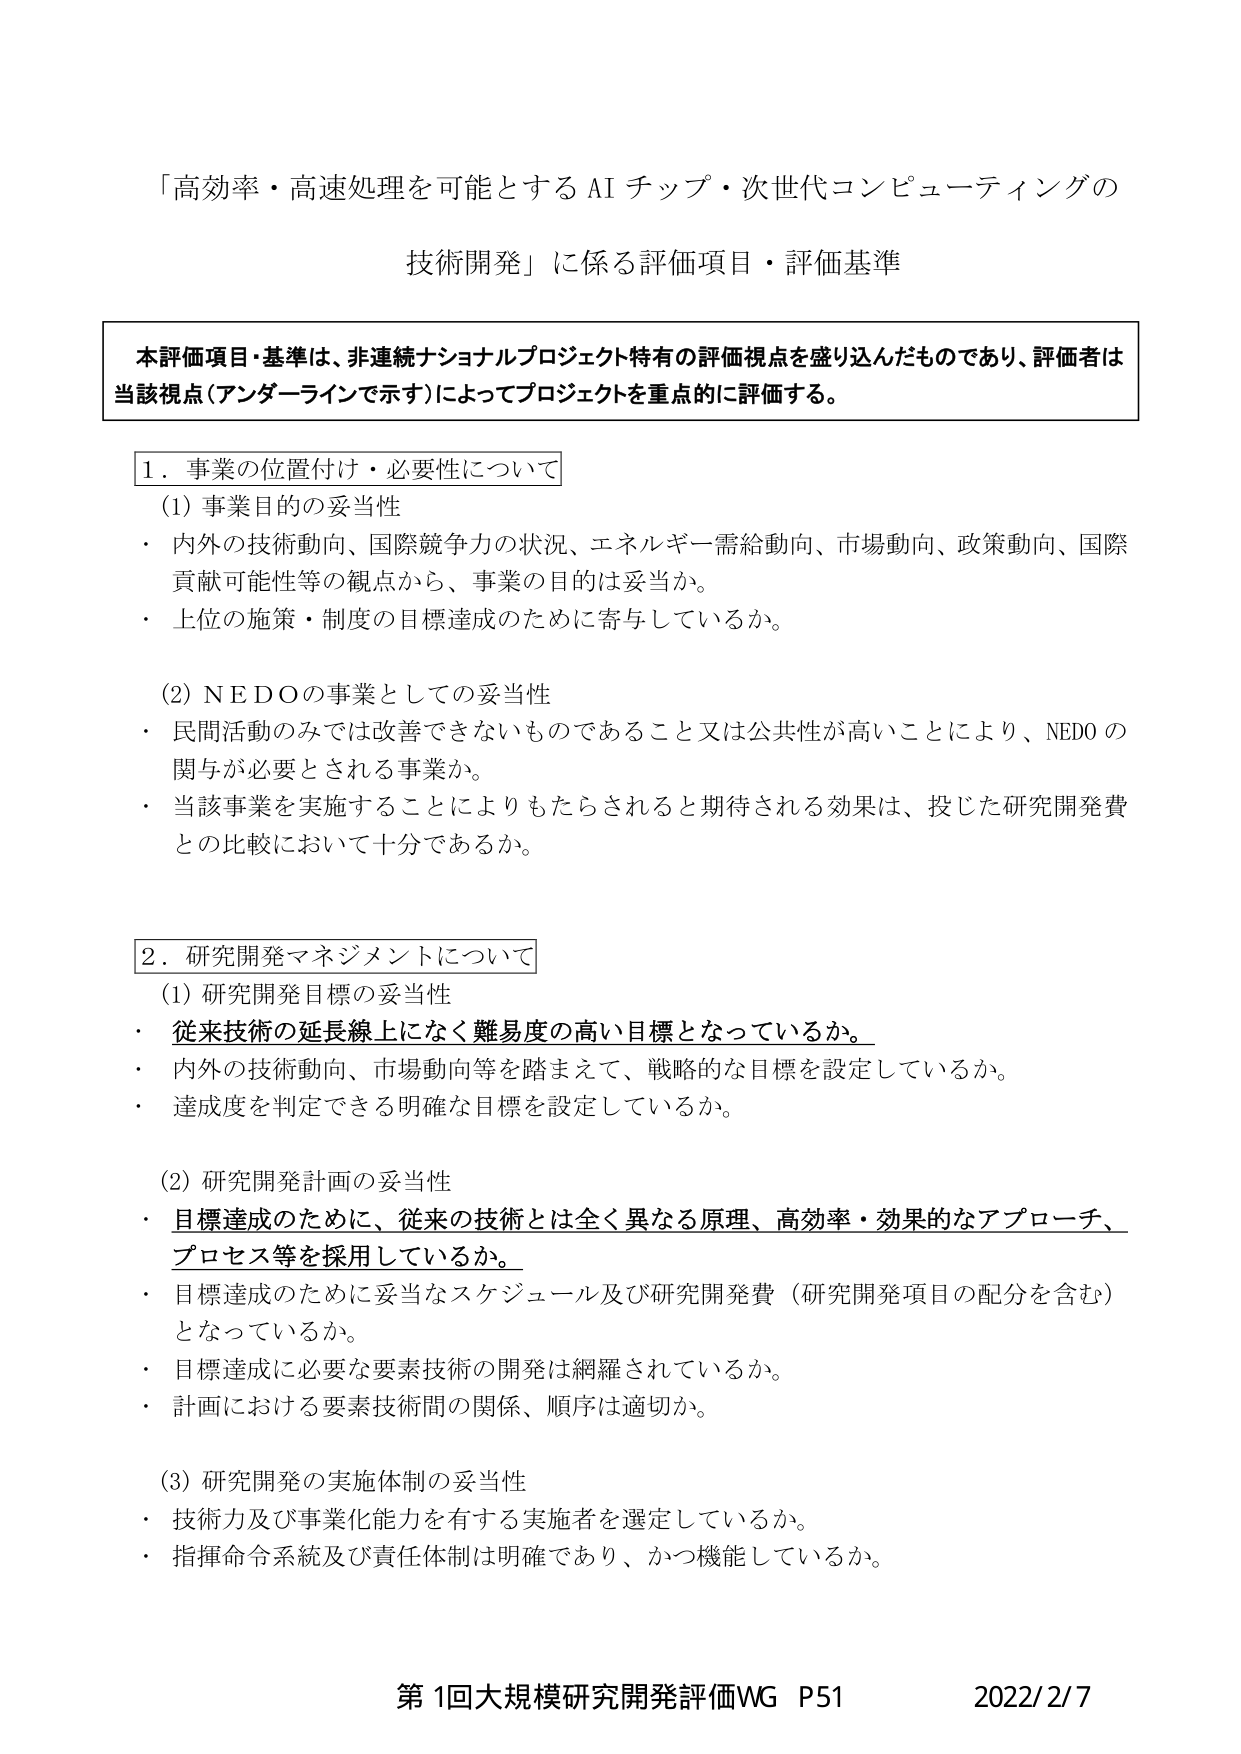
「高効率・高速処理を可能とする AI チップ・次世代コンピューティングの
技術開発」に係る評価項目・評価基準

本評価項目・基準は、非連続ナショナルプロジェクト特有の評価視点を盛り込んだものであり、評価者は
当該視点（アンダーラインで示す）によってプロジェクトを重点的に評価する。

1．事業の位置付け・必要性について
(1) 事業目的の妥当性
・ 内外の技術動向、国際競争力の状況、エネルギー需給動向、市場動向、政策動向、国際
　貢献可能性等の観点から、事業の目的は妥当か。
・ 上位の施策・制度の目標達成のために寄与しているか。

(2) NEDOの事業としての妥当性
・ 民間活動のみでは改善できないものであること又は公共性が高いことにより、NEDOの
　関与が必要とされる事業か。
・ 当該事業を実施することによりもたらされると期待される効果は、投じた研究開発費
　との比較において十分であるか。

2．研究開発マネジメントについて
(1) 研究開発目標の妥当性
・ 従来技術の延長線上になく難易度の高い目標となっているか。
・ 内外の技術動向、市場動向等を踏まえて、戦略的な目標を設定しているか。
・ 達成度を判定できる明確な目標を設定しているか。

(2) 研究開発計画の妥当性
・ 目標達成のために、従来の技術とは全く異なる原理、高効率・効果的なアプローチ、
　プロセス等を採用しているか。
・ 目標達成のために妥当なスケジュール及び研究開発費（研究開発項目の配分を含む）
　となっているか。
・ 目標達成に必要な要素技術の開発は網羅されているか。
・ 計画における要素技術間の関係、順序は適切か。

(3) 研究開発の実施体制の妥当性
・ 技術力及び事業化能力を有する実施者を選定しているか。
・ 指揮命令系統及び責任体制は明確であり、かつ機能しているか。

第1回大規模研究開発評価WG P51　　2022/2/7